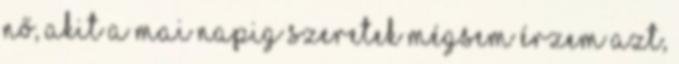
nő, akit a mai napig szeretek mégsem érzem azt,